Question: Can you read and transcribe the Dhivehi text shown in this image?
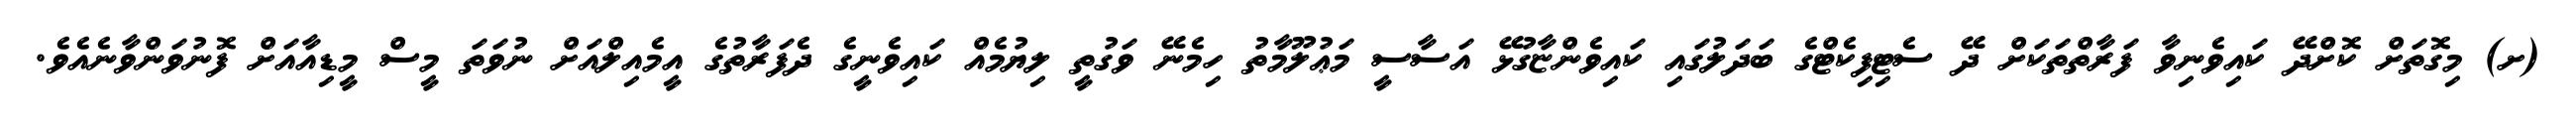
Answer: (ށ) މިގޮތަށް ކޮށްދޭ ކައިވެނިވާ ފަރާތްތަކަށް ދޭ ސެޓިފިކެޓްގެ ބަދަލުގައި ކައިވެންޏާގުޅޭ އަސާސީ މަޢުލޫމާތު ހިމެނޭ ވަގުތީ ލިޔުމެއް ކައިވެނީގެ ދެފަރާތުގެ އީމެއިލްއަށް ނުވަތަ މީސް މީޑިއާއަށް ފޮނުވަންވާނެއެވެ.